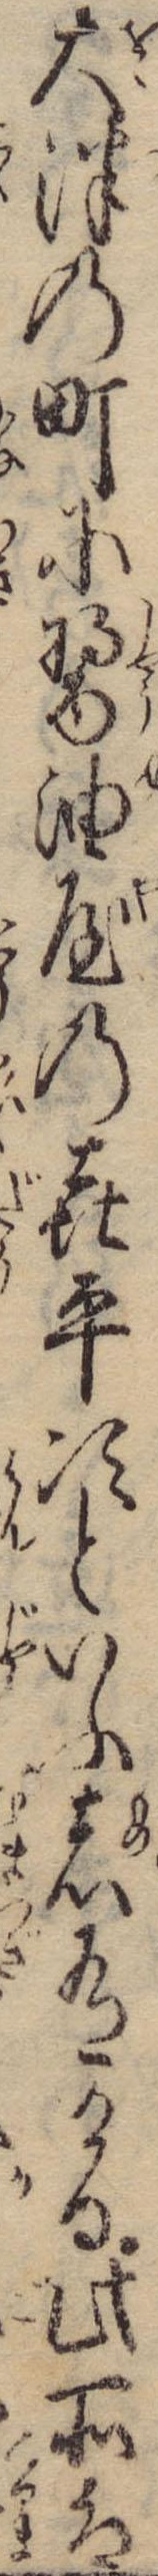
大津の町に醤油屋の㐂平次といふ者有ける此所は